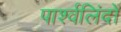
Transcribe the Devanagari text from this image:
पार्श्वलिंदों